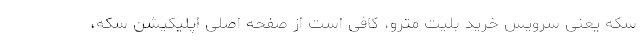
سکه یعنی سرویس خرید بلیت مترو، کافی است از صفحه اصلی اپلیکیشن سکه،